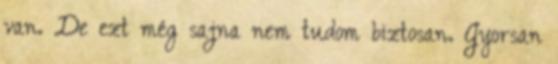
van. De ezt még sajna nem tudom biztosan. Gyorsan